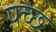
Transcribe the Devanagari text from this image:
पच्‍छ